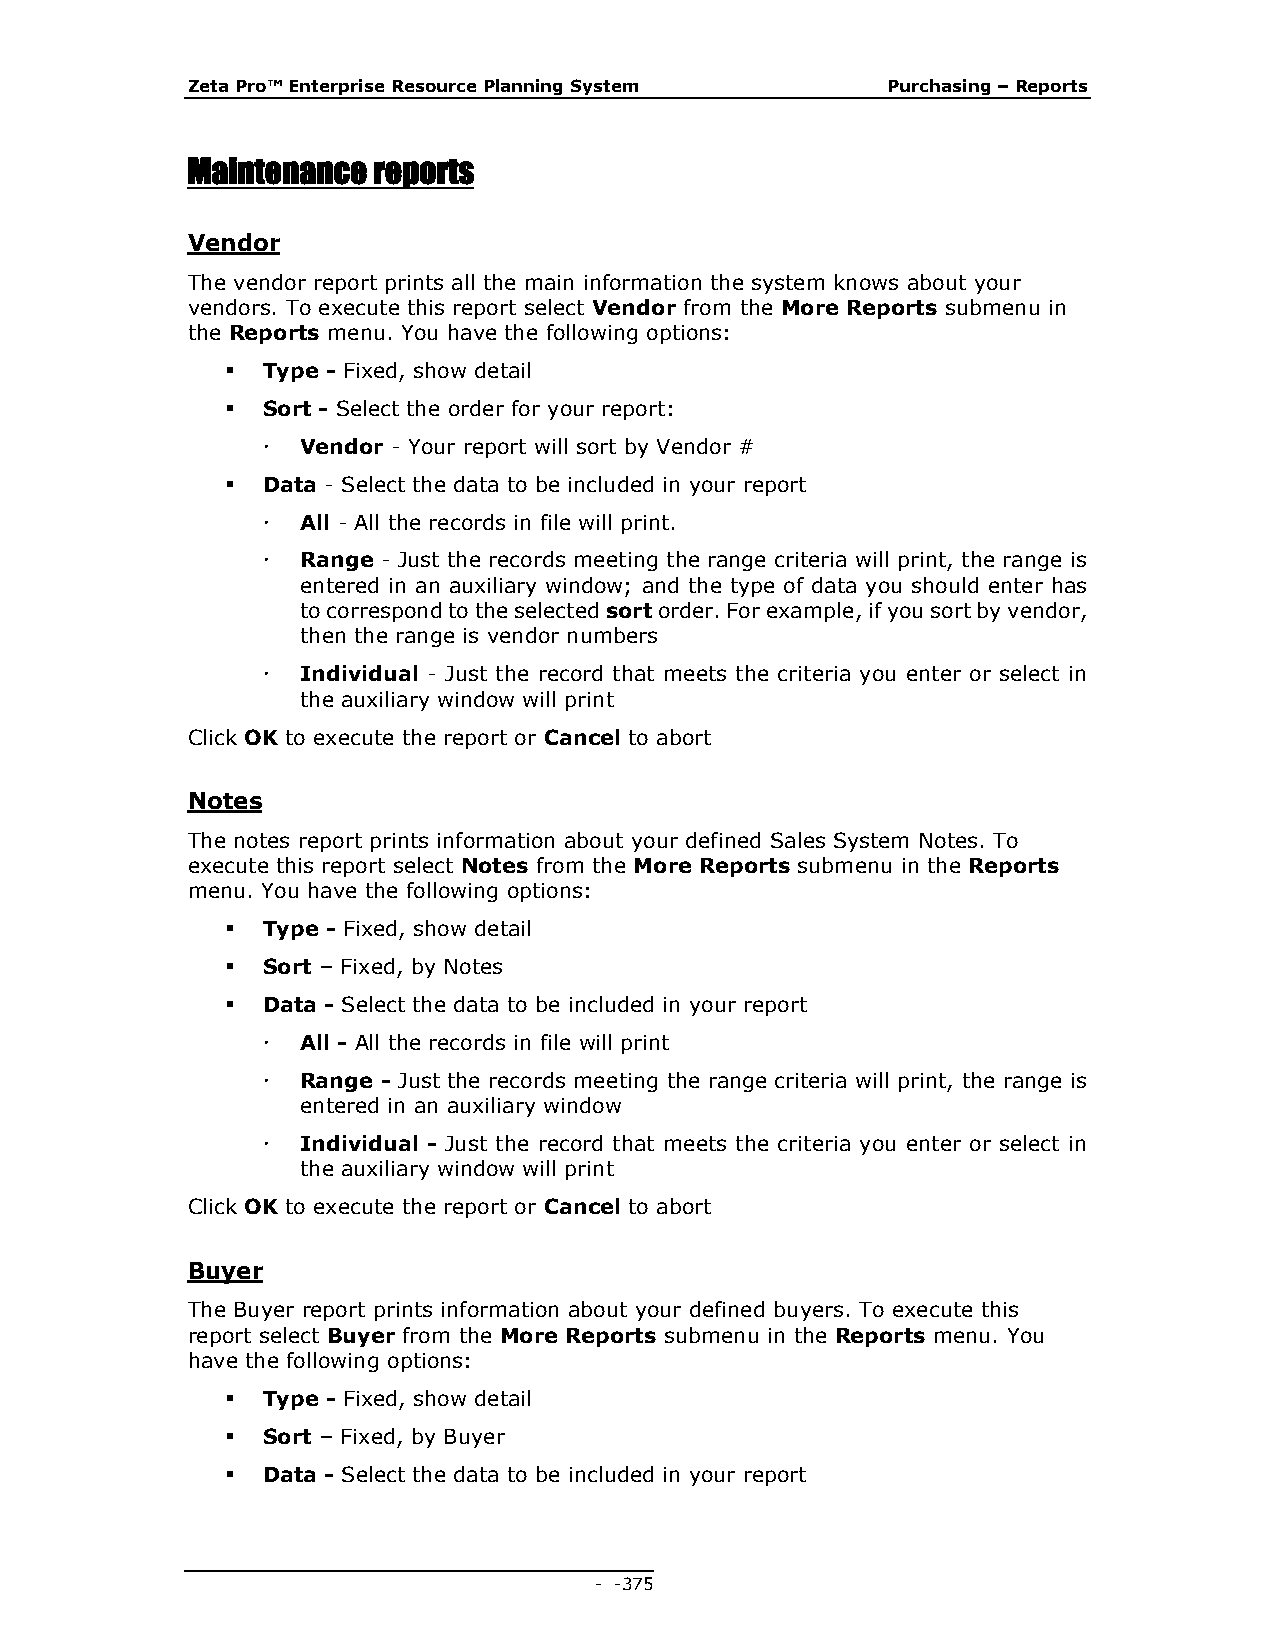
Zeta Pro™ Enterprise Resource Planning System  Purchasing – Reports
 Maintenance  reports
 Vendor
 The vendor report prints all the main information the system knows about your
 vendors. To execute this report select Vendor from the More Reports submenu in
 the Reports menu. You have the following options:
  Type - Fixed, show detail
  Sort - Select the order for your report:
   Vendor - Your report will sort by Vendor #
  Data - Select the data to be included in your report
   All - All the records in file will print.
   Range - Just the records meeting the range criteria will print, the range is
 entered in an auxiliary window; and the type of data you should enter has
 to correspond to the selected sort order. For example, if you sort by vendor,
 then the range is vendor numbers
   Individual - Just the record that meets the criteria you enter or select in
 the auxiliary window will print
 Click OK to execute the report or Cancel to abort
 Notes
 The notes report prints information about your defined Sales System Notes. To
 execute this report select Notes from the More Reports submenu in the Reports
 menu. You have the following options:
  Type - Fixed, show detail
  Sort – Fixed, by Notes
  Data - Select the data to be included in your report
   All - All the records in file will print
   Range - Just the records meeting the range criteria will print, the range is
 entered in an auxiliary window
   Individual - Just the record that meets the criteria you enter or select in
 the auxiliary window will print
 Click OK to execute the report or Cancel to abort
 Buyer
 The Buyer report prints information about your defined buyers. To execute this
 report select Buyer from the More Reports submenu in the Reports menu. You
 have the following options:
  Type - Fixed, show detail
  Sort – Fixed, by Buyer
  Data - Select the data to be included in your report
 - - 375